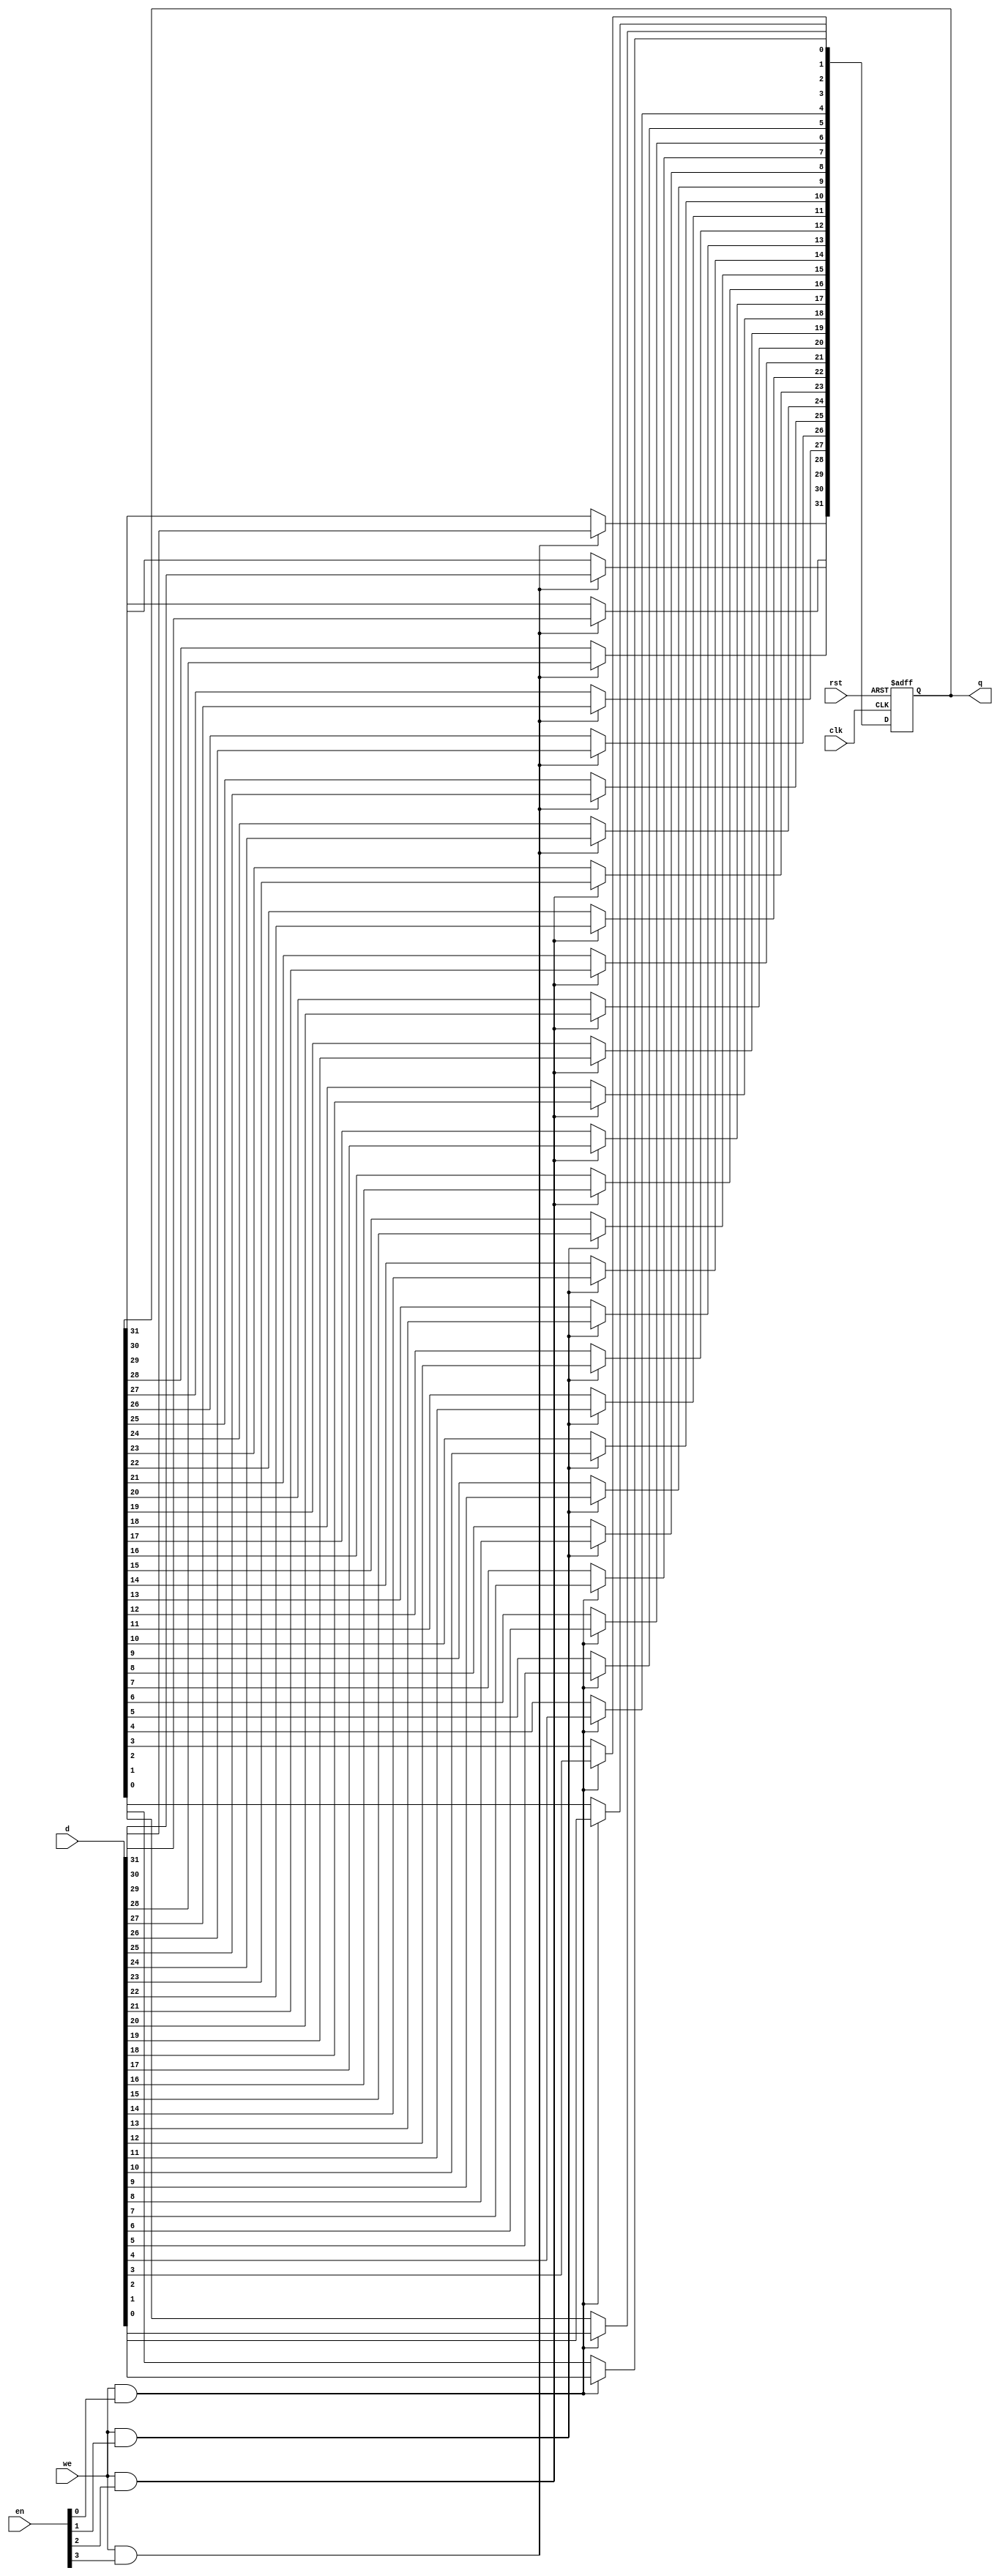
//////////////////////////////////////////////////////////////////////
////                                                              ////
//// WISHBONE SD Card Controller IP Core                          ////
////                                                              ////
//// byte_en_reg.v                                                ////
////                                                              ////
//// This file is part of the WISHBONE SD Card                    ////
//// Controller IP Core project                                   ////
//// http://opencores.org/project,sd_card_controller              ////
////                                                              ////
//// Description                                                  ////
//// Register with byte enable. (write is performe only to        //// 
//// enebled bytes)                                               ////
////                                                              ////
//// Author(s):                                                   ////
////     - Marek Czerski, ma.czerski@gmail.com                    ////
////                                                              ////
//////////////////////////////////////////////////////////////////////
////                                                              ////
//// Copyright (C) 2013 Authors                                   ////
////                                                              ////
//// Based on original work by                                    ////
////     Adam Edvardsson (adam.edvardsson@orsoc.se)               ////
////                                                              ////
////     Copyright (C) 2009 Authors                               ////
////                                                              ////
//// This source file may be used and distributed without         ////
//// restriction provided that this copyright statement is not    ////
//// removed from the file and that any derivative work contains  ////
//// the original copyright notice and the associated disclaimer. ////
////                                                              ////
//// This source file is free software; you can redistribute it   ////
//// and/or modify it under the terms of the GNU Lesser General   ////
//// Public License as published by the Free Software Foundation; ////
//// either version 2.1 of the License, or (at your option) any   ////
//// later version.                                               ////
////                                                              ////
//// This source is distributed in the hope that it will be       ////
//// useful, but WITHOUT ANY WARRANTY; without even the implied   ////
//// warranty of MERCHANTABILITY or FITNESS FOR A PARTICULAR      ////
//// PURPOSE. See the GNU Lesser General Public License for more  ////
//// details.                                                     ////
////                                                              ////
//// You should have received a copy of the GNU Lesser General    ////
//// Public License along with this source; if not, download it   ////
//// from http://www.opencores.org/lgpl.shtml                     ////
////                                                              ////
//////////////////////////////////////////////////////////////////////

module byte_en_reg (
    clk,
    rst,
    we,
    en,
    d,
    q
    );

parameter DATA_W = 32;
parameter INIT_VAL = {DATA_W{1'b0}};

input clk;
input rst;
input we;
input [(DATA_W-1)/8:0] en;
input [DATA_W-1:0] d;
output reg [DATA_W-1:0] q;

integer i;

always @(posedge clk or posedge rst)
begin
    if (rst == 1)
        q <= INIT_VAL;
    else
        for (i = 0; i < DATA_W; i = i + 1)
            if (we && en[i/8])
                q[i] <= d[i];
end

endmodule